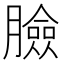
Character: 臉